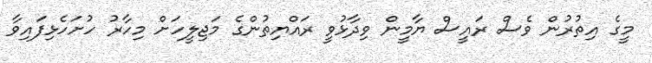
މީގެ އިތުރުން ވެސް ރައީސް ޔާމީން ވިދާޅުވީ ރައްޔިތުންގެ މަޖިލީހަށް މިހާރު ހުށަހެޅިފައިވާ